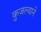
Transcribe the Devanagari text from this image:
कुजल्याने